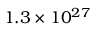
1 . 3 \times 1 0 ^ { 2 7 }